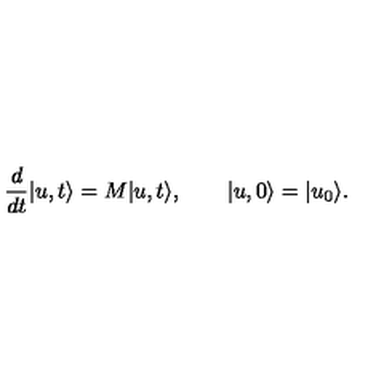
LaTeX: \frac { d } { d t } | u , t \rangle = M | u , t \rangle , \qquad | u , 0 \rangle = | u _ { 0 } \rangle .